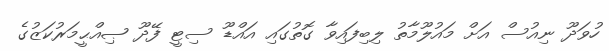
ހުވަދޫ ނިއުސް އަށް މައުލޫމާތު ލިބިފައިވާ ގޮތުގައި އައްޑޫ ސިޓީ ފޭދޫ ޞިއްޙީމަރުކަޒުގެ